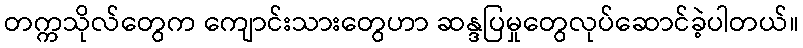
တက္ကသိုလ်တွေက ကျောင်းသားတွေဟာ ဆန္ဒပြမှုတွေလုပ်ဆောင်ခဲ့ပါတယ်။